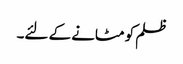
ظلم کو مٹانے کے لئے۔